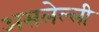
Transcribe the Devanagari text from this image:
असलेल्ली